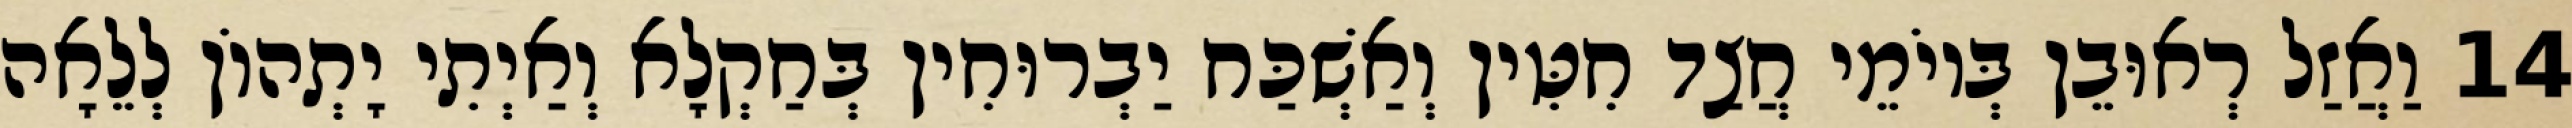
14 וַאֲזַל רְאוּבֵן בְּיוֹמֵי חֲצַד חִטִּין וְאַשְׁכַּח יַבְרוּחִין בְּחַקְלָא וְאַיְתִי יָתְהוֹן לְלֵאָה